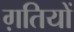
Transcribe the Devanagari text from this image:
ग़तियों